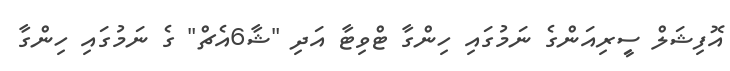
އޮފިޝަލް ސީިރިއަންގެ ނަމުގައި ހިންގާ ޓްވިޓާ އަދި "ޝާ6އެޗް" ގެ ނަމުގައި ހިންގާ